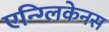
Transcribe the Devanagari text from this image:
एन्ग्लिकेनस